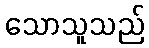
သောသူသည်